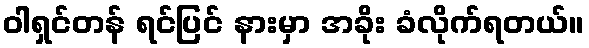
ဝါရှင်တန် ရင်ပြင် နားမှာ အခိုး ခံလိုက်ရတယ်။